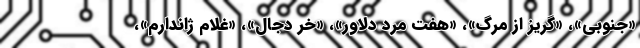
«جنوبی»، «گریز از مرگ»، «هفت مرد دلاور»، «خر دجال»، «غلام ژاندارم»،